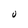
Character: U